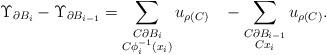
LaTeX: \begin{align*}\Upsilon_{\partial B_i} - \Upsilon_{\partial B_{i-1}} = \sum_{\substack{C \partial B_i \\ C \phi_i^{-1}(x_i)}} u_{\rho(C)} \, \, \, \, \, - \sum_{\substack{C \partial B_{i-1} \\ C x_i}} u_{\rho(C)}.\end{align*}